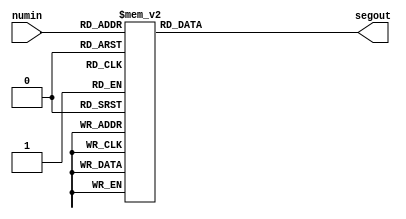
`timescale 1ns / 1ps
module SevenSegment (
    numin,
    segout
);
  input [3:0] numin;
  output	reg [6:0] segout;  //segout[6] - seg_a, segout[5] - seg_b, segout[4] - seg_c,
                            //segout[3] - seg_d, segout[2] - seg_e, segout[1] - seg_f, segout[0] - seg_g
  always @(numin) begin
    case (numin)
      4'b0000: segout <= 7'b0000001;  //0 
      4'b0001: segout <= 7'b1001111;  //1
      4'b0010: segout <= 7'b0010010;  //2
      4'b0011: segout <= 7'b0000110;  //3
      4'b0100: segout <= 7'b1001100;  //4
      4'b0101: segout <= 7'b0100100;  //5
      4'b0110: segout <= 7'b0100000;  //6
      4'b0111: segout <= 7'b0001111;  //7
      4'b1000: segout <= 7'b0000000;  //8
      4'b1001: segout <= 7'b0000100;  //9
      4'b1010: segout <= 7'b0001000;  //A
      4'b1011: segout <= 7'b1100000;  //B
      4'b1100: segout <= 7'b0110001;  //C
      4'b1101: segout <= 7'b1000010;  //D
      4'b1110: segout <= 7'b0110000;  //E
      4'b1111: segout <= 7'b0111000;  //F
      default: segout <= 7'b1111111;  // - - -
    endcase
  end
endmodule